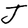
Character: J